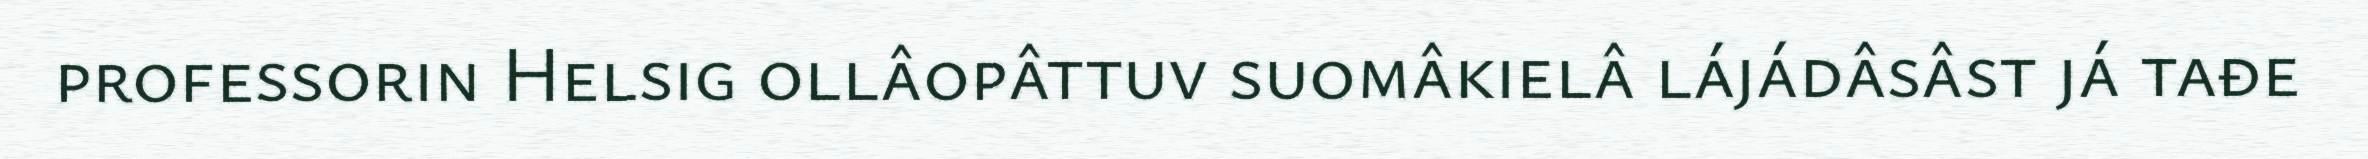
professorin Helsig ollâopâttuv suomâkielâ lájádâsâst já tađe